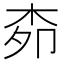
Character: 𭩪